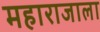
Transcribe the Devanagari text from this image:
महाराजाला